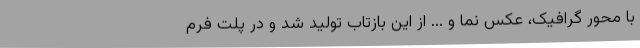
با محور گرافیک، عکس نما و ... از این بازتاب تولید شد و در پلت فرم